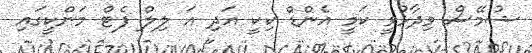
ޝުމޭސް ވިދާޅުވީ ކަމީ އެންޑް ކިކީ އަދި އަ ލިލް ފެޓް މަންކީގައި